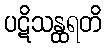
ပဋိသန္ထရတိ